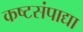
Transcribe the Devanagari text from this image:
कष्टसंपाद्या